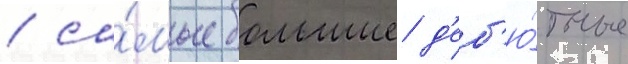
/ са́мые большие д'еб'ю́тные